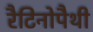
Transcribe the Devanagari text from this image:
रैटिनोपैथी